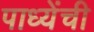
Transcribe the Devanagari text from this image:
पाध्येंची